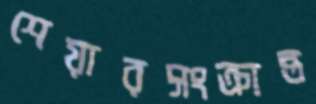
শেয়ারসংক্রান্ত